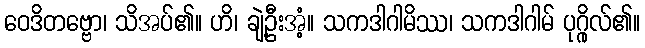
ဝေဒိတဗ္ဗော၊ သိအပ်၏။ ဟိ၊ ချဲ့ဦးအံ့။ သကဒါဂါမိဿ၊ သကဒါဂါမ် ပုဂ္ဂိုလ်၏။